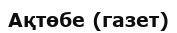
Ақтөбе (газет)